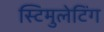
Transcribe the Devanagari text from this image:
स्टिमुलेटिंग